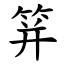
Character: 䈂